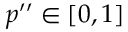
p ^ { \prime \prime } \in [ 0 , 1 ]